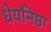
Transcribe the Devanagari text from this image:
धेयनिष्ठा